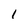
Character: 1